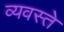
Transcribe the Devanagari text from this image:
व्यवस्ते